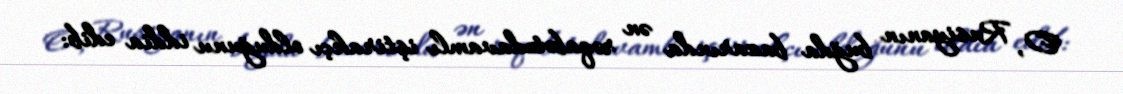
O, Rusiyanın buğda bazarında ən rəqabətədavamlı iştirakçı olduğunu iddia edib: